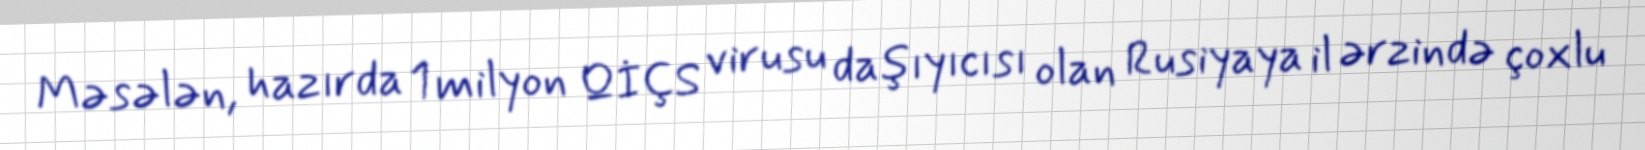
Məsələn, hazırda 1 milyon QİÇS virusu daşıyıcısı olan Rusiyaya il ərzində çoxlu